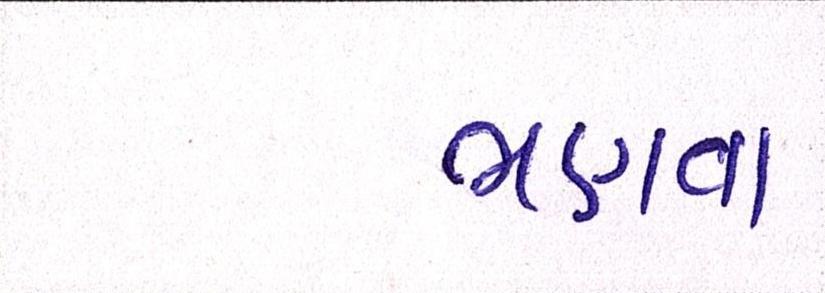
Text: ભણવા